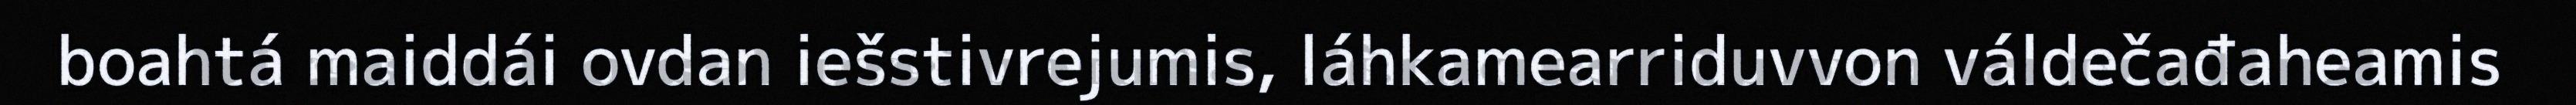
boahtá maiddái ovdan iešstivrejumis, láhkamearriduvvon váldečađaheamis